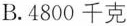
B.4800千克